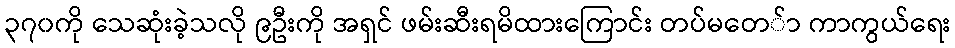
၃၇၀ကို သေဆုံးခဲ့သလို ၉ဦးကို အရှင် ဖမ်းဆီးရမိထားကြောင်း တပ်မတေ်ာ ကာကွယ်ရေး